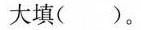
大填()。